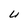
Character: U